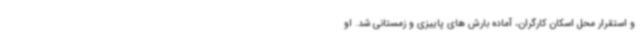
و استقرار محل اسکان کارگران، آماده بارش های پاییزی و زمستانی شد. او